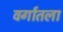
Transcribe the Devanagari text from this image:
वर्गातला